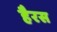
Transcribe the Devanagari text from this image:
हैरस